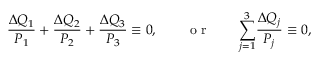
\frac { \Delta Q _ { 1 } } { P _ { 1 } } + \frac { \Delta Q _ { 2 } } { P _ { 2 } } + \frac { \Delta Q _ { 3 } } { P _ { 3 } } \equiv 0 , \qquad \mathrm { ~ o ~ r ~ } \qquad { \sum _ { j = 1 } ^ { 3 } } \frac { \Delta Q _ { j } } { P _ { j } } \equiv 0 ,